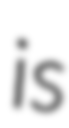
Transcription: is